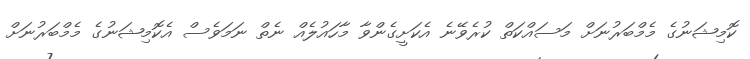
ކޮމިޝަނުގެ މެމްބަރުނަށް މަސައްކަތް ކުރެވޭނެ އެކަށީގެންވާ މާހައުލެއް ނެތް ނަމަވެސް އެކޮމިޝަނުގެ މެމްބަރުނަށް